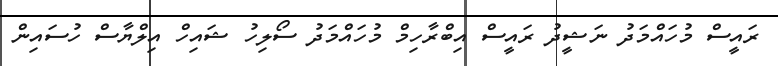
ރައީސް މުހައްމަދު ނަޝީދު ރައީސް އިބްރާހިމް މުހައްމަދު ސޯލިހު ޝައިހް އިލްޔާސް ހުސައިން